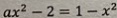
a x ^ { 2 } - 2 = 1 - x ^ { 2 }